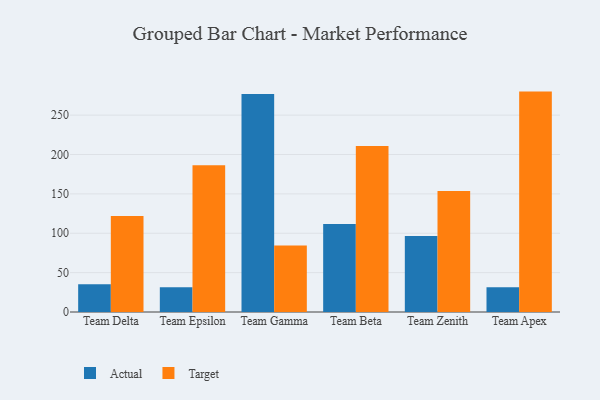
{"axis": {"x": "Team", "y": "Operating Costs (USD K)"}, "legend": ["Actual", "Target"], "data": [{"x": "Team Delta", "y": 35.4, "type": "Actual"}, {"x": "Team Delta", "y": 121.8, "type": "Target"}, {"x": "Team Epsilon", "y": 31.4, "type": "Actual"}, {"x": "Team Epsilon", "y": 186.3, "type": "Target"}, {"x": "Team Gamma", "y": 277.0, "type": "Actual"}, {"x": "Team Gamma", "y": 84.3, "type": "Target"}, {"x": "Team Beta", "y": 111.7, "type": "Actual"}, {"x": "Team Beta", "y": 210.8, "type": "Target"}, {"x": "Team Zenith", "y": 96.6, "type": "Actual"}, {"x": "Team Zenith", "y": 153.6, "type": "Target"}, {"x": "Team Apex", "y": 31.4, "type": "Actual"}, {"x": "Team Apex", "y": 279.9, "type": "Target"}]}